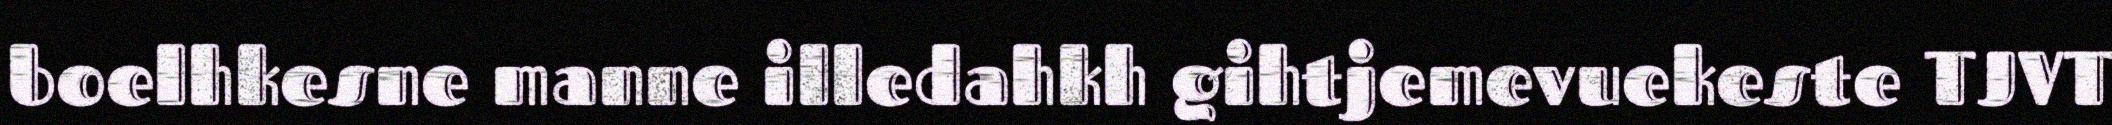
boelhkesne manne illedahkh gihtjemevuekeste TJVT